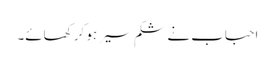
احباب نے شکم سیر ہو کر کھائے۔